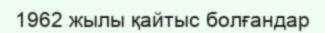
1962 жылы қайтыс болғандар